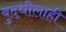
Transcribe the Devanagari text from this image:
बुद्धीलाही